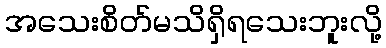
အသေးစိတ်မသိရှိရသေးဘူးလို့